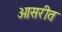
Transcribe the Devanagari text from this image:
ओसरीत